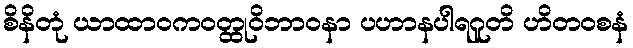
စိနိတုံ ယာထာဝကဝတ္ထုဝိဘာဝနာ ပဟာနပါရဂူတိ ဟိတဝစနံ